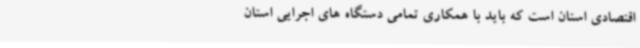
اقتصادی استان است که باید با همکاری تمامی دستگاه های اجرایی استان